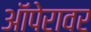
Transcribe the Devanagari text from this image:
ऑपेरावर